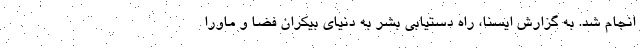
انجام شد. به گزارش ایسنا، راه دستیابی بشر به دنیای بیکران فضا و ماورا